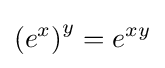
\left(e^{x}\right)^{y}=e^{xy}